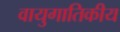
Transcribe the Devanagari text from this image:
वायुगातिकीय